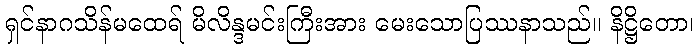
ရှင်နာဂသိန်မထေရ် မိလိန္ဒမင်းကြီးအား မေးသောပြဿနာသည်။ နိဋ္ဌိတော၊